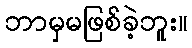
ဘာမှမဖြစ်ခဲ့ဘူး။